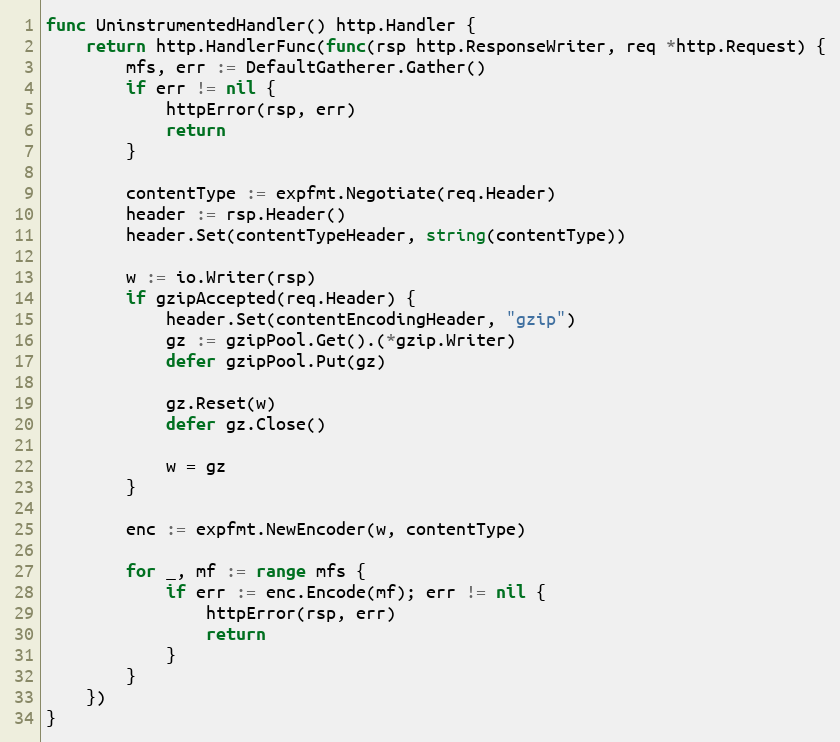
Language: Go
func UninstrumentedHandler() http.Handler {
	return http.HandlerFunc(func(rsp http.ResponseWriter, req *http.Request) {
		mfs, err := DefaultGatherer.Gather()
		if err != nil {
			httpError(rsp, err)
			return
		}

		contentType := expfmt.Negotiate(req.Header)
		header := rsp.Header()
		header.Set(contentTypeHeader, string(contentType))

		w := io.Writer(rsp)
		if gzipAccepted(req.Header) {
			header.Set(contentEncodingHeader, "gzip")
			gz := gzipPool.Get().(*gzip.Writer)
			defer gzipPool.Put(gz)

			gz.Reset(w)
			defer gz.Close()

			w = gz
		}

		enc := expfmt.NewEncoder(w, contentType)

		for _, mf := range mfs {
			if err := enc.Encode(mf); err != nil {
				httpError(rsp, err)
				return
			}
		}
	})
}